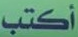
أكتب